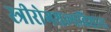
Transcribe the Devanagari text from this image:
स्त्रीरोगशल्यविशारद